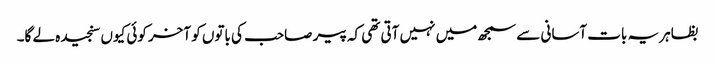
بظاہر یہ بات آسانی سے سمجھ میں نہیں آتی تھی کہ پیر صاحب کی باتوں کو آخر کوئی کیوں سنجیدہ لے گا۔